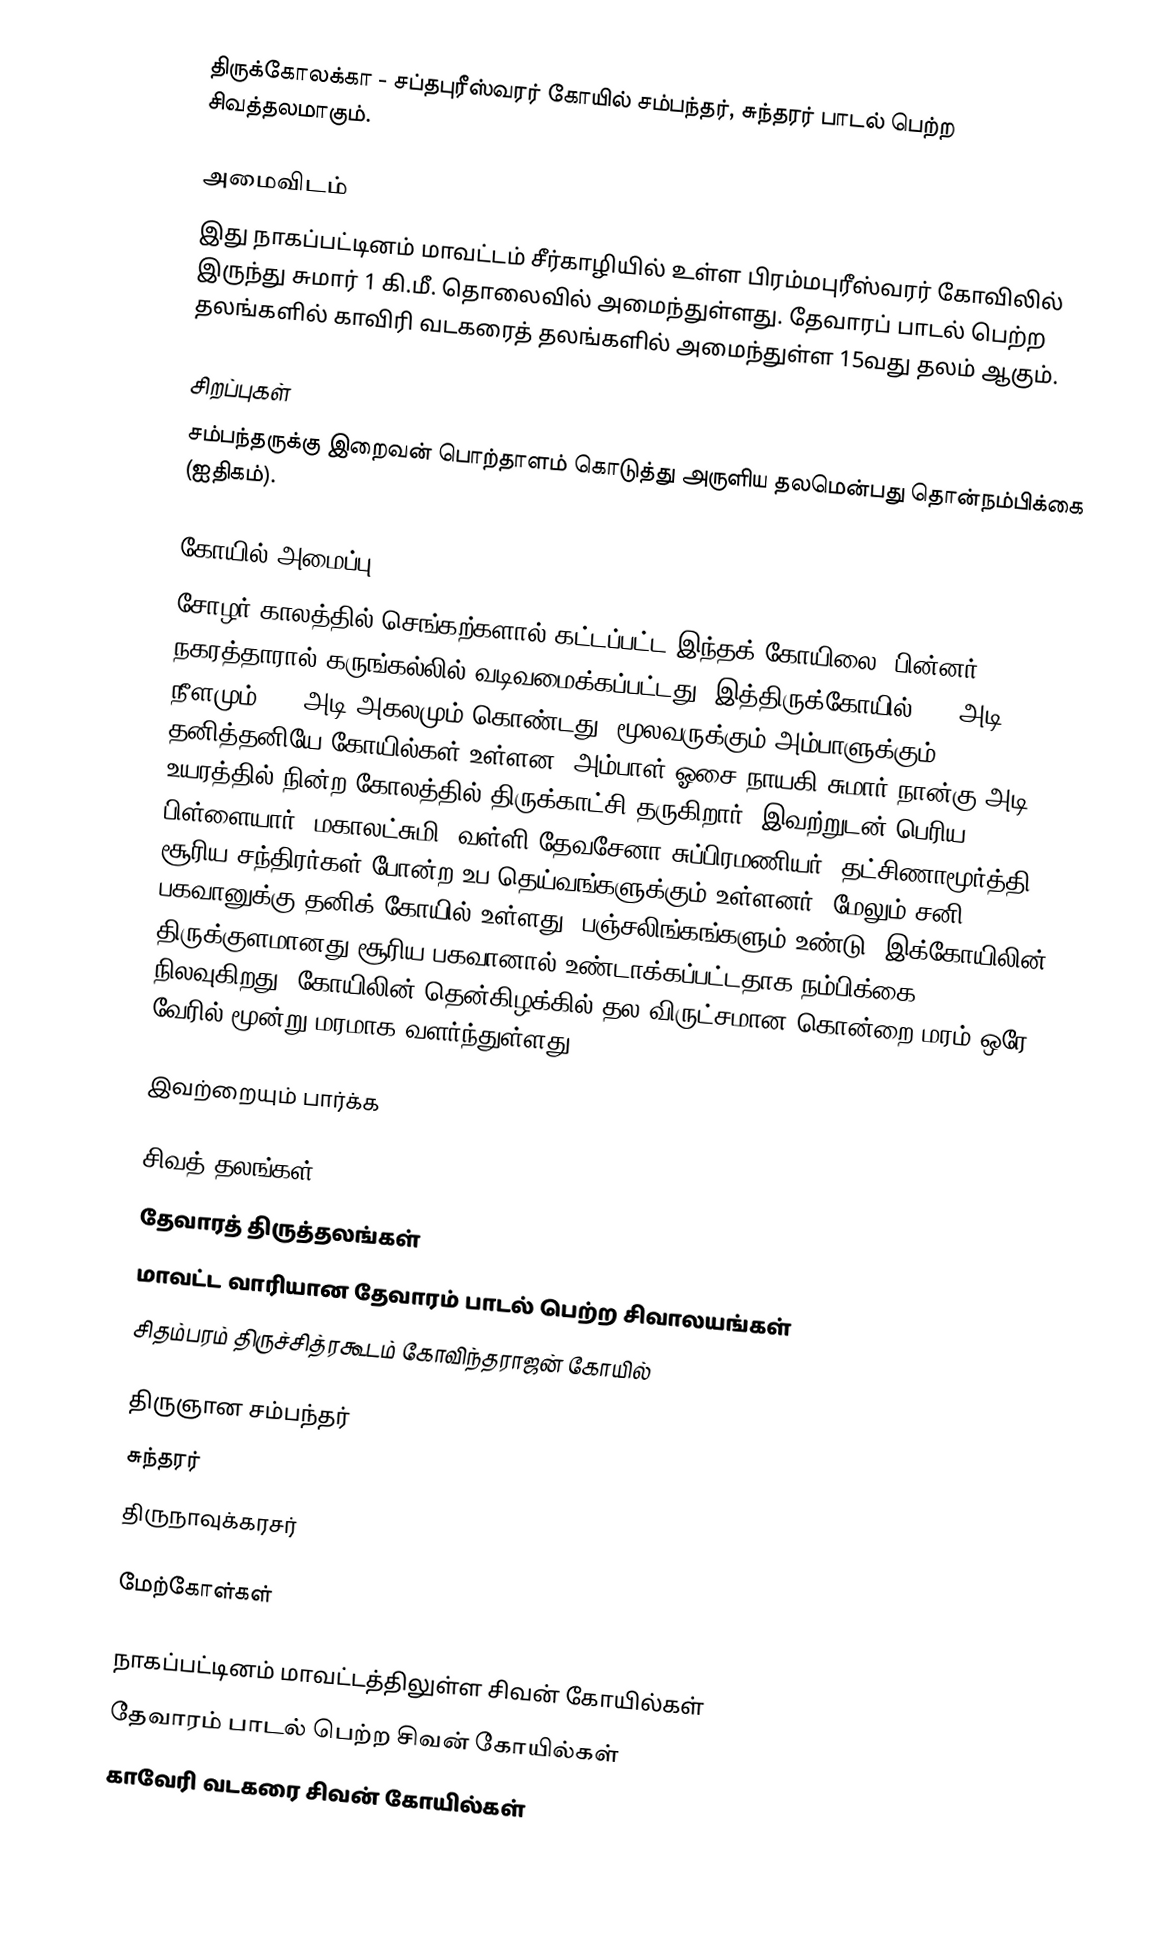
திருக்கோலக்கா - சப்தபுரீஸ்வரர் கோயில்  சம்பந்தர், சுந்தரர் பாடல் பெற்ற சிவத்தலமாகும்.

அமைவிடம்
இது நாகப்பட்டினம் மாவட்டம் சீர்காழியில் உள்ள பிரம்மபுரீஸ்வரர் கோவிலில் இருந்து சுமார் 1 கி.மீ. தொலைவில் அமைந்துள்ளது.  தேவாரப் பாடல் பெற்ற தலங்களில் காவிரி வடகரைத் தலங்களில் அமைந்துள்ள 15வது தலம் ஆகும்.

சிறப்புகள்
சம்பந்தருக்கு இறைவன் பொற்தாளம் கொடுத்து அருளிய தலமென்பது தொன்நம்பிக்கை (ஐதிகம்).

கோயில் அமைப்பு
சோழர் காலத்தில் செங்கற்களால் கட்டப்பட்ட இந்தக் கோயிலை, பின்னர் நகரத்தாரால் கருங்கல்லில் வடிவமைக்கப்பட்டது. இத்திருக்கோயில் 230 அடி நீளமும் 155 அடி அகலமும் கொண்டது. மூலவருக்கும் அம்பாளுக்கும் தனித்தனியே கோயில்கள் உள்ளன. அம்பாள் ஓசை நாயகி சுமார் நான்கு அடி உயரத்தில் நின்ற கோலத்தில் திருக்காட்சி தருகிறார். இவற்றுடன் பெரிய பிள்ளையார், மகாலட்சுமி, வள்ளி தேவசேனா சுப்பிரமணியர், தட்சிணாமூர்த்தி, சூரிய சந்திரர்கள் போன்ற உப தெய்வங்களுக்கும் உள்ளனர். மேலும் சனி பகவானுக்கு தனிக் கோயில் உள்ளது. பஞ்சலிங்கங்களும் உண்டு. இக்கோயிலின் திருக்குளமானது சூரிய பகவானால் உண்டாக்கப்பட்டதாக நம்பிக்கை நிலவுகிறது. கோயிலின் தென்கிழக்கில் தல விருட்சமான கொன்றை மரம் ஒரே வேரில் மூன்று மரமாக வளர்ந்துள்ளது.

இவற்றையும் பார்க்க

 சிவத் தலங்கள்
 தேவாரத் திருத்தலங்கள்
 மாவட்ட வாரியான தேவாரம் பாடல் பெற்ற சிவாலயங்கள்
 சிதம்பரம் திருச்சித்ரகூடம் கோவிந்தராஜன் கோயில்

 திருஞான சம்பந்தர்
 சுந்தரர்
 திருநாவுக்கரசர்

மேற்கோள்கள்

நாகப்பட்டினம் மாவட்டத்திலுள்ள சிவன் கோயில்கள்
தேவாரம் பாடல் பெற்ற சிவன் கோயில்கள்
காவேரி வடகரை சிவன் கோயில்கள்